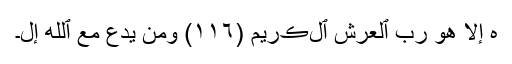
ٰهَ إِلَّا هُوَ رَبُّ ٱلۡعَرۡشِ ٱلۡڪَرِيمِ (١١٦) وَمَن يَدۡعُ مَعَ ٱللَّهِ إِلَ۔